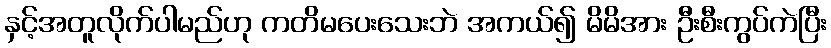
နှင့်အတူလိုက်ပါမည်ဟု ကတိမပေးသေးဘဲ အကယ်၍ မိမိအား ဦးစီးကွပ်ကဲပြီး